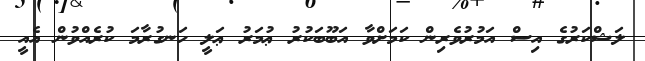
ލަޝްކަރުގެ އިސް އަމުރުވެރިން ކަމަށްވާ އަބޫބަކުރު ޢުމަރު ޢަލީ ހަނގުރާމަ ކުރެއްވުން އެއީ